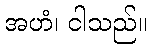
အဟံ၊ ငါသည်။